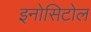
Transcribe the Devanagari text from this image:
इनोसिटोल